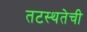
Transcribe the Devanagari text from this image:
तटस्थतेची